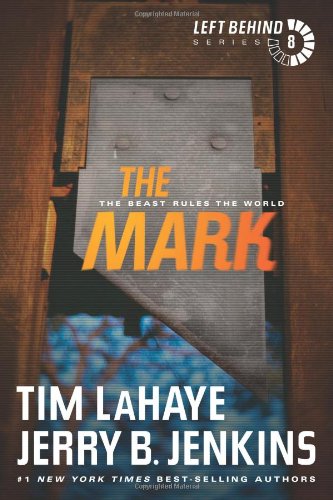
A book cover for The Mark: The Beast Rules the World (Left Behind); Tim LaHaye; Christian Books & Bibles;